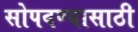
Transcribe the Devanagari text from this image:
सोपवण्यासाठी